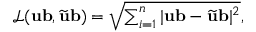
\begin{array} { r } { \mathcal { L } ( \mathbf { u b } , \widetilde { \mathbf { u } } \mathbf { b } ) = \sqrt { \textstyle \sum _ { i = 1 } ^ { n } | \mathbf { u b } - \widetilde { \mathbf { u } } \mathbf { b } | ^ { 2 } } , } \end{array}